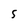
Character: 5